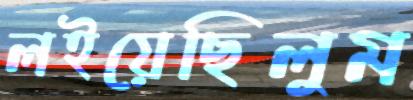
লইয়েছিলুম